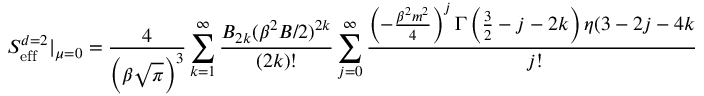
S _ { \mathrm { e f f } } ^ { d = 2 } | _ { \mu = 0 } = { \frac { 4 } { \left( \beta \sqrt { \pi } \right) ^ { 3 } } } \sum _ { k = 1 } ^ { \infty } { \frac { { \cal B } _ { 2 k } ( \beta ^ { 2 } B / 2 ) ^ { 2 k } } { ( 2 k ) ! } } \sum _ { j = 0 } ^ { \infty } { \frac { \left( - { \frac { \beta ^ { 2 } m ^ { 2 } } { 4 } } \right) ^ { j } \Gamma \left( \frac { 3 } { 2 } - j - 2 k \right) \eta ( 3 - 2 j - 4 k ) } { j ! } }